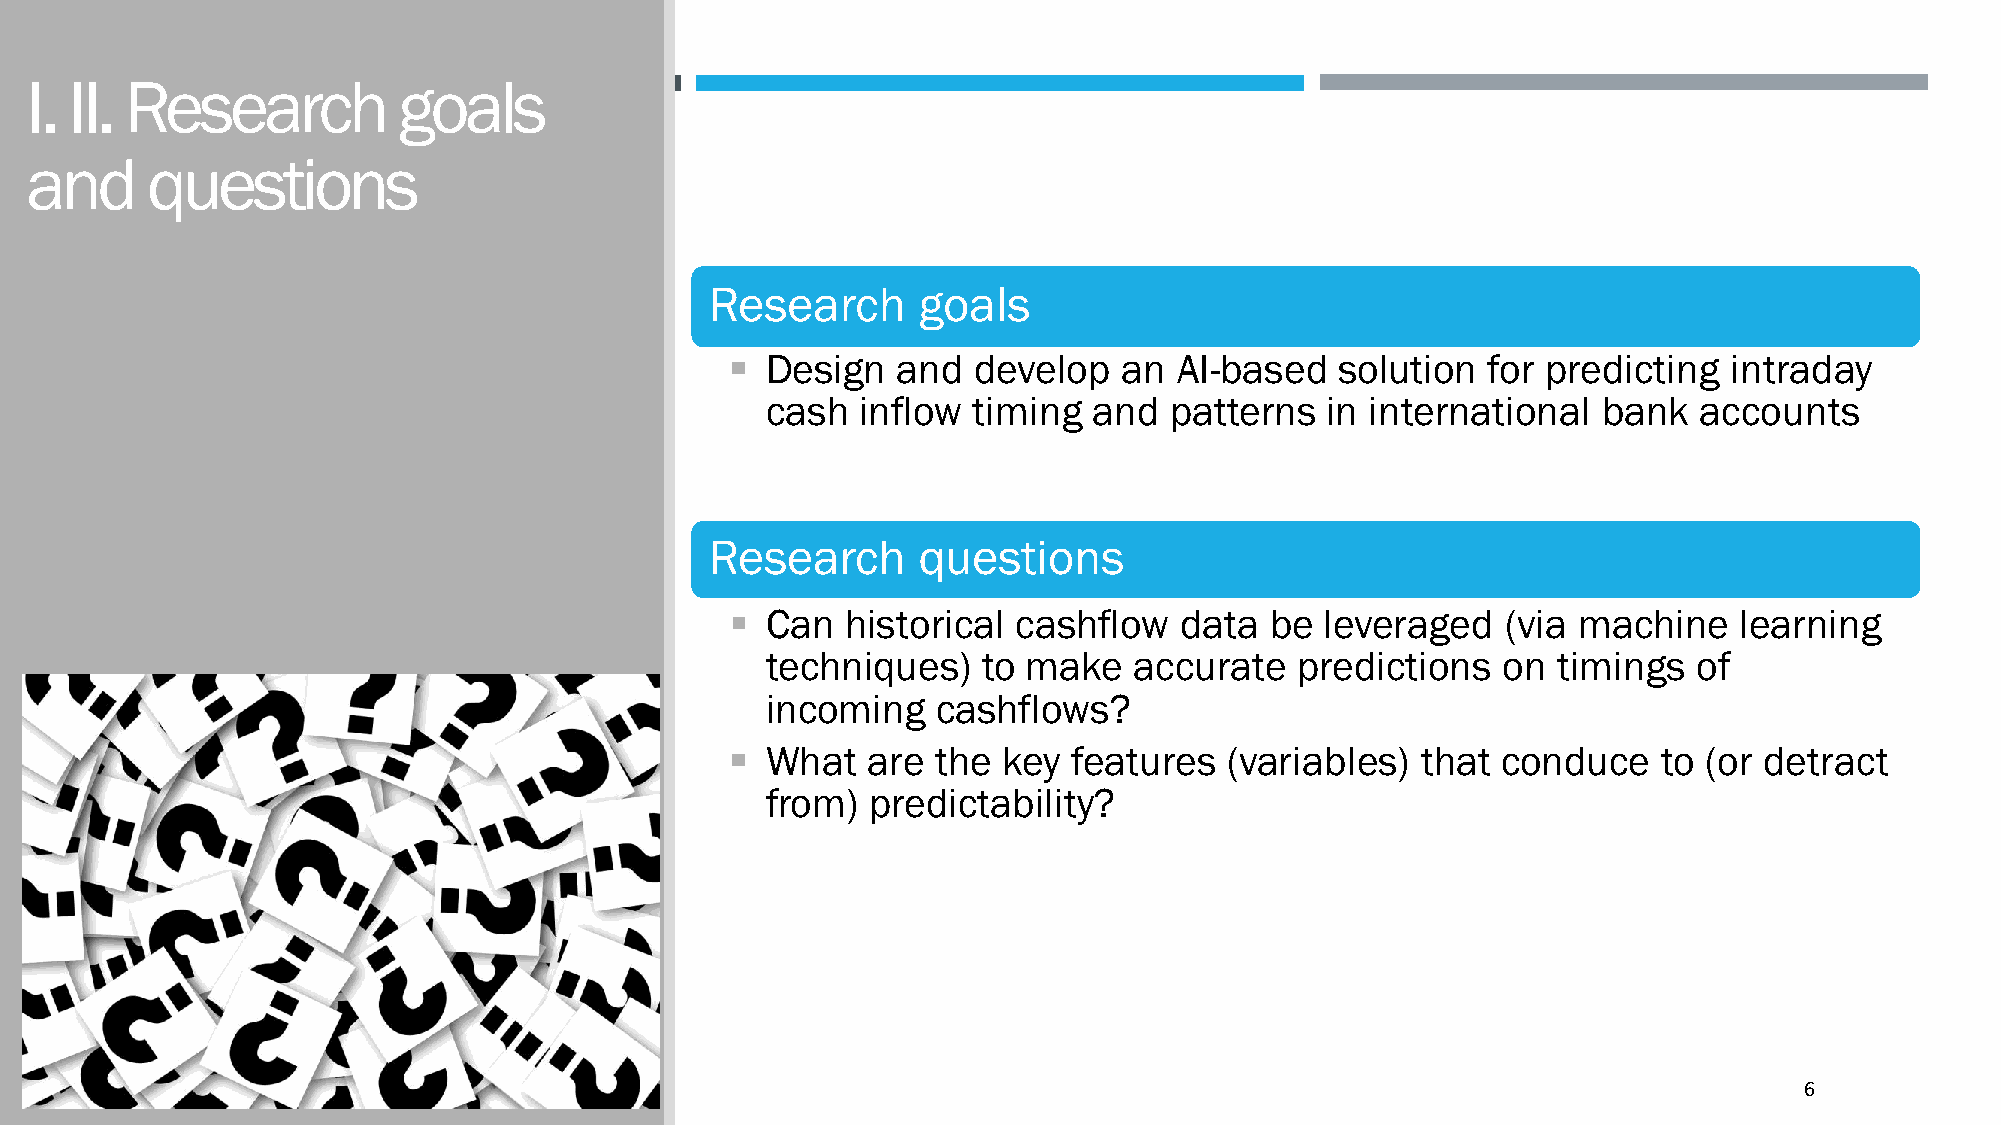
I. II. Research         goals
 and     questions
 Research      goals
 ▪  Design  and  develop   an  AI-based   solution for predicting   intraday
 cash  inflow timing  and  patterns   in international  bank   accounts
 Research      questions
 ▪  Can  historical cashflow   data  be  leveraged   (via machine   learning
 techniques)   to make   accurate   predictions  on  timings  of
 incoming   cashflows?
 ▪  What  are  the key  features  (variables)  that conduce    to (or detract
 from)  predictability?
 6